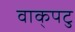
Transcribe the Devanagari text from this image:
वाक्‌पटु